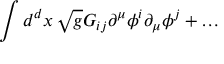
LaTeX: \int d ^ { d } x \, \sqrt { g } G _ { i j } \partial ^ { \mu } \phi ^ { i } \partial _ { \mu } \phi ^ { j } + \ldots